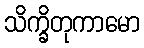
သိက္ခိတုကာမော